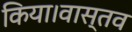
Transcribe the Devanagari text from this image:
किया।वास्तव